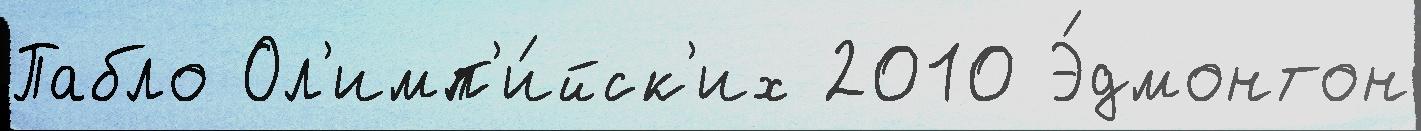
Пабло Ол'имп'и́йск'их 2010 Э́дмонтон